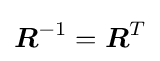
{\boldsymbol {R}}^{-1}={\boldsymbol {R}}^{T}